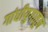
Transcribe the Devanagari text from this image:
गांधीयुगातून